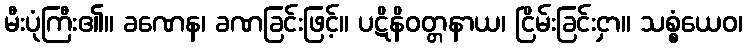
မီးပုံကြီး၏။ ခဏေန၊ ခဏခြင်းဖြင့်။ ပဋိနိဝတ္တနာယ၊ ငြိမ်းခြင်းငှာ။ သစ္စံယေဝ၊